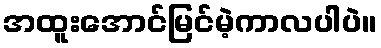
အထူးအောင်မြင်မဲ့ကာလပါပဲ။